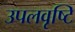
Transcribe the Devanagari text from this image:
उपलवृष्टि